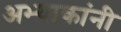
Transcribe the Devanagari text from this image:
अभ्याकांनी